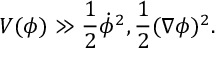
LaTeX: V ( \phi ) \gg \frac { 1 } { 2 } { \dot { \phi } } ^ { 2 } , \frac { 1 } { 2 } ( \nabla \phi ) ^ { 2 } .